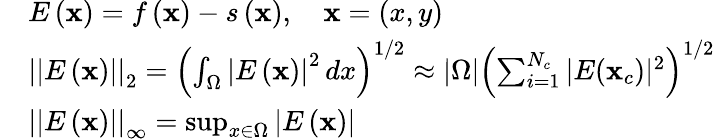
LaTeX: \begin{array}{rl}&{E\left(\mathbf{x}\right)=f\left(\mathbf{x}\right)-s\left(\mathbf{x}\right),\quad\mathbf{x}=\left(x,y\right)}\\ &{\left|\left|E\left(\mathbf{x}\right)\right|\right|_{2}=\left(\int_{\Omega}\left|E\left(\mathbf{x}\right)\right|^{2}\, dx\right)^{1/2}\approx\left|\Omega\right|\left(\sum_{i=1}^{N_{c}}|E(\mathbf{x}_{c})|^{2}\right)^{1/2}}\\ &{\left|\left|E\left(\mathbf{x}\right)\right|\right|_{\infty}=\operatorname*{sup}_{x\in\Omega}\left|E\left(\mathbf{x}\right)\right|}\end{array}